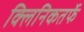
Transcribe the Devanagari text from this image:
क्‍लिनिकतर्फे